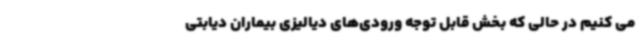
می کنیم در حالی که بخش قابل توجه ورودی‌های دیالیزی بیماران دیابتی